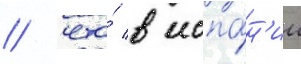
/ что́ в испа́н'ии